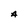
Character: A